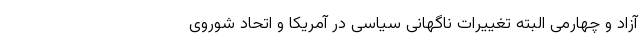
آزاد و چهارمی البته تغییرات ناگهانی سیاسی در آمریکا و اتحاد شوروی